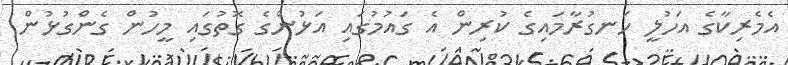
އެމެރިކާގެ އަހުލީ ހަނގުރާމައިގެ ކުރިން އެ ގައުމުގައި އަޅުންގެ ގޮތުގައި މީހުން ގެންގުޅުން